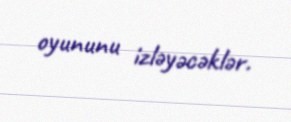
oyununu izləyəcəklər.